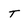
Character: T